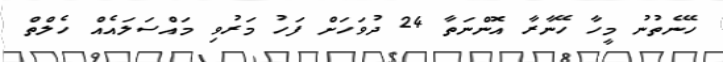
ހޭނެތުނު މީހާ ހޭނާރާ އޮންނަތާ 24 ދުވަހަށް ފަހު މަރުވި މައްސަލައެއް ހެލްތް